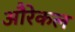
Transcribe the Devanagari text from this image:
औरेकल